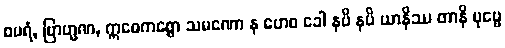
စပရံ, ဗြာဟ္မဏ, ဣဓေကစ္စော သမဏော န ဟေဝ ခေါ နပိ နပိ ယာနိဿ တာနိ ပုဗ္ဗေ